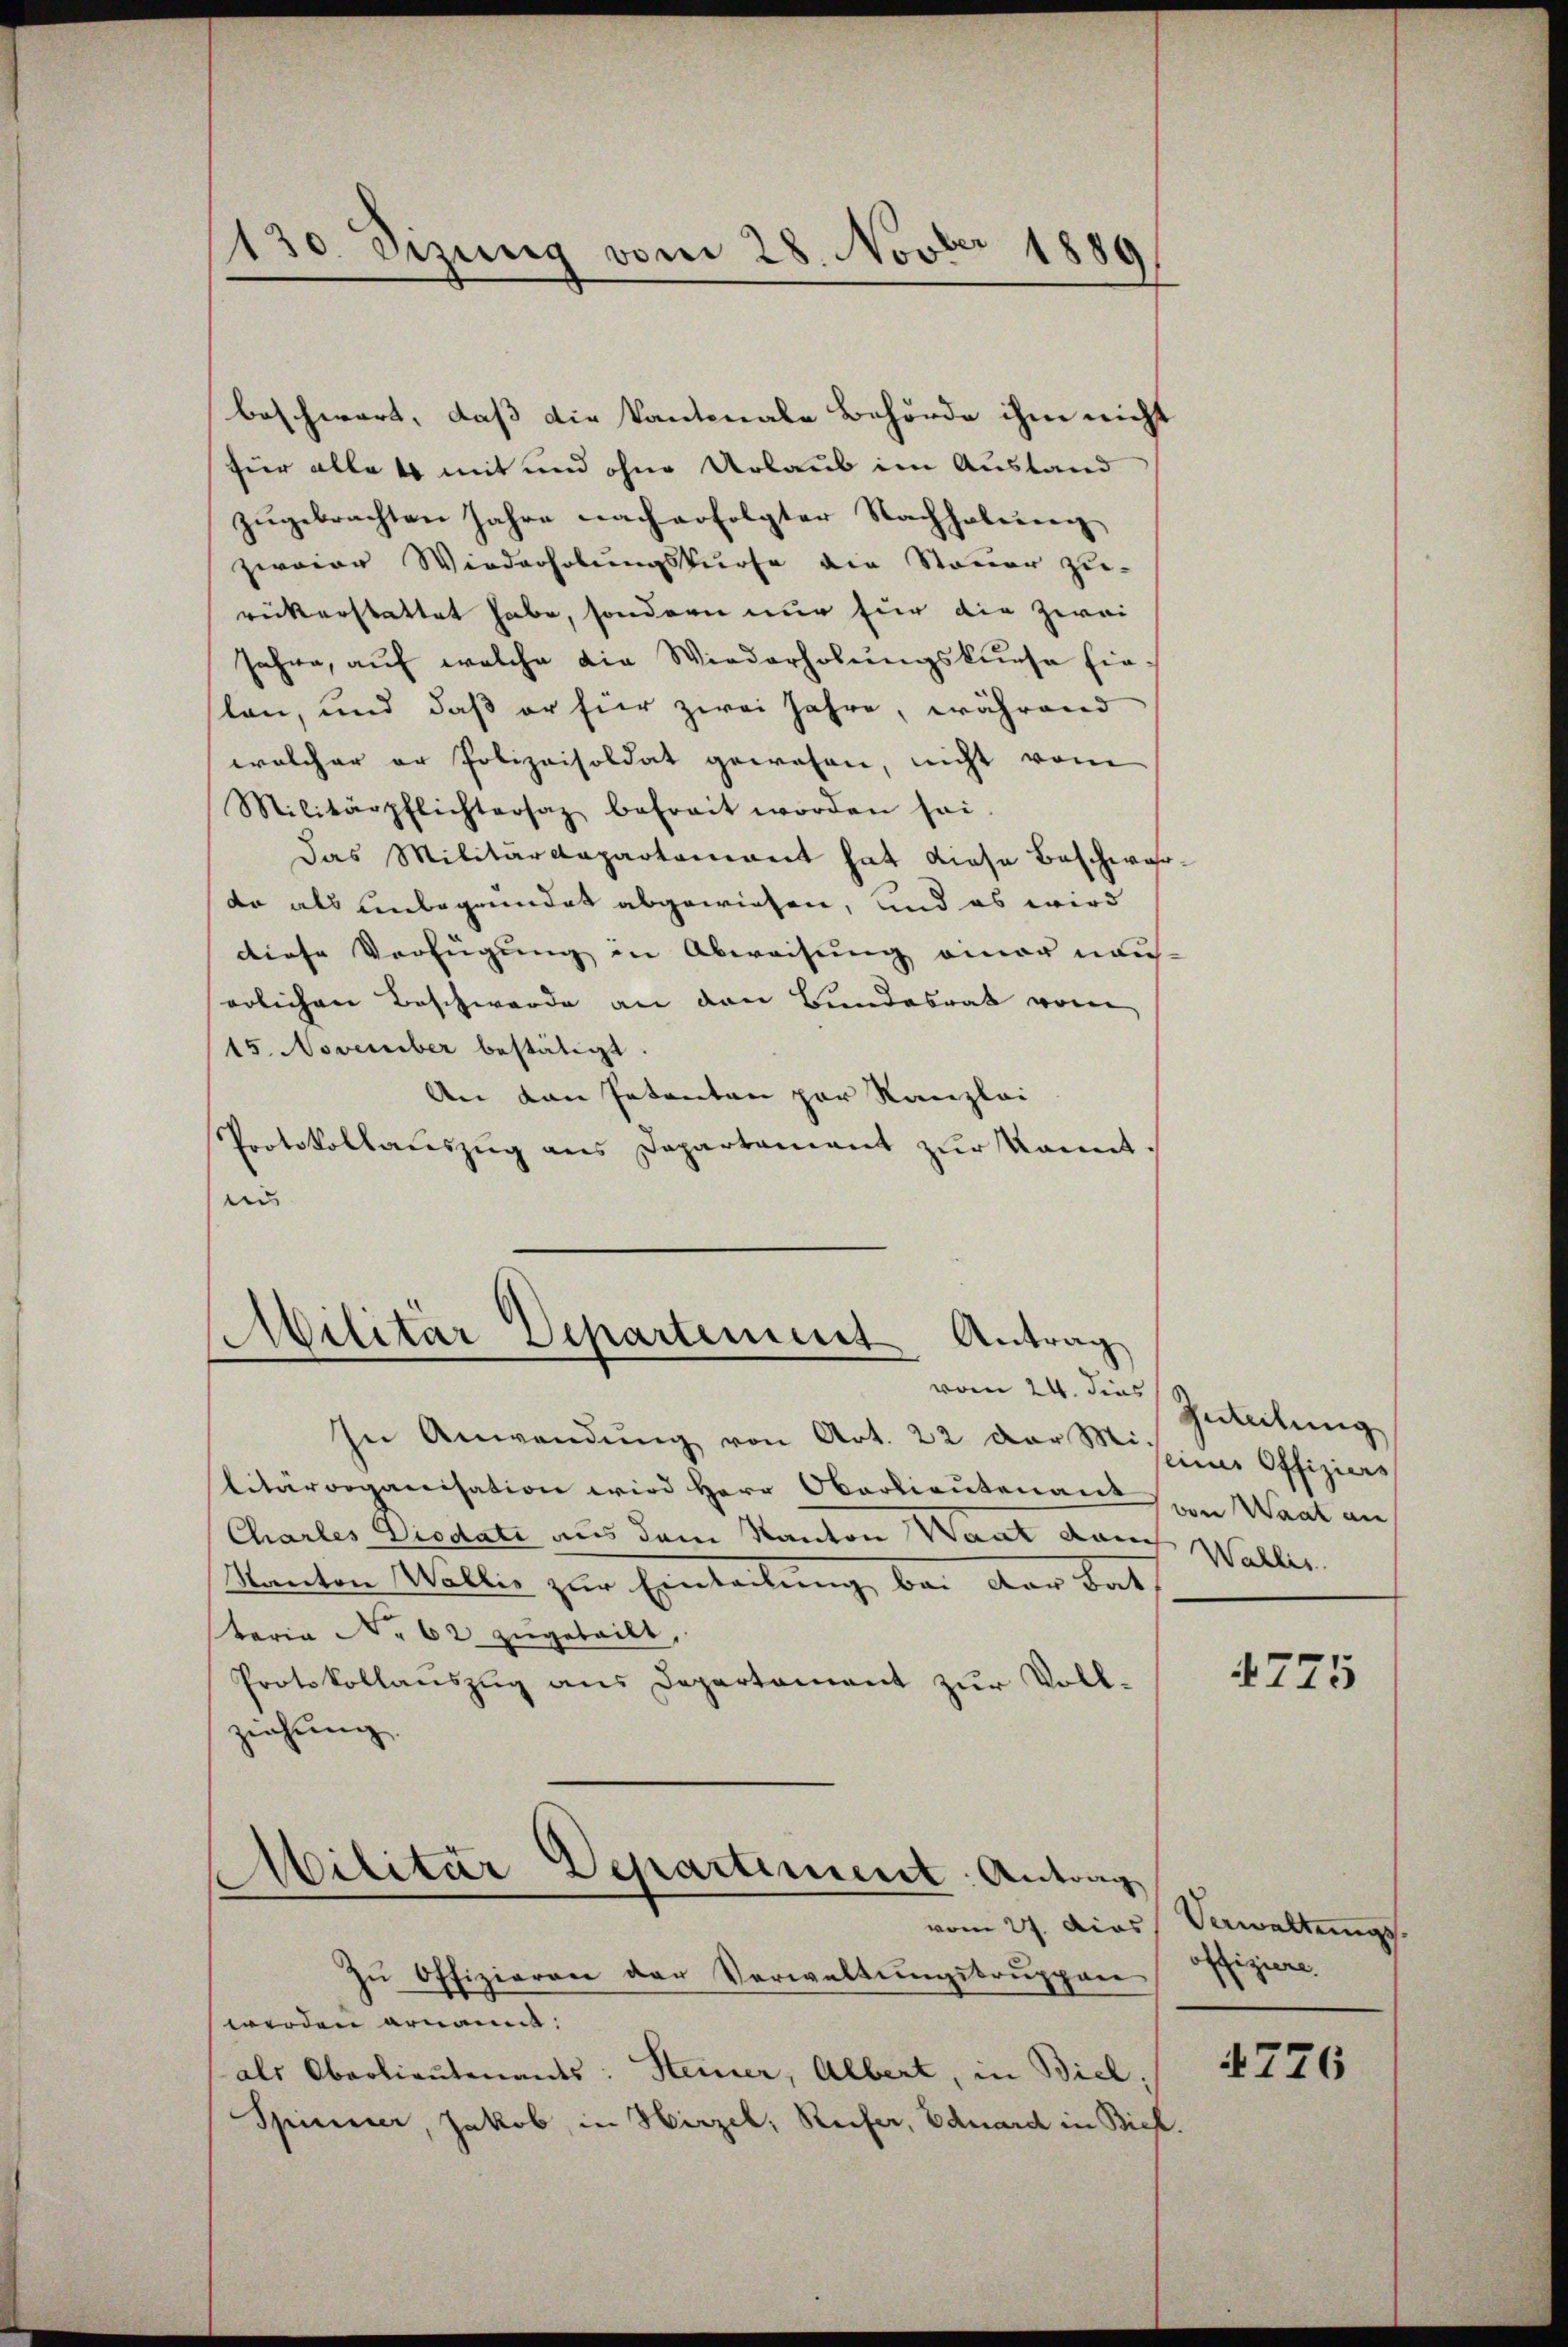
beschwert, daß die kantonale Behörde ihm nicht
für alle 4 mit und ohne Urlaub im Austand
zŭgebrachten Jahre nach erfolgter Nachholun
zwaier Wiederholungskurse die Steuer zu-
rückerstattet habe, sondern nur für die zwei
Jahre, auf welche die Wiederholungskurse finlen, und daß er für zwei Jahre, während
welcher er Polizeisoldat gewesen, nicht vom
Militärpflichtersaz befreit worden sei.
Das Militärdepartement hat diese Beschwar
da als unbegründet abgewiesen, und es wird
diese Verfügung in Abweisung einer nau.
serlichen Beschwerde an den Bundesrat vom
15. November bestätigt.
An den Petenten par Kanzlei
Protokollauszug aus Departament zur kannt.
 |

130 Sizung vom 28. Novber 1889

Militär Departement Antrag
n

In Anwendŭng von Art. 22 der Mich Offiziers
litärorganisation wird Herr Oberlieutenant von Waat an
Charles Viodati aus dem Kanton Want dem Wallis
Kanton Wallis zur Ernteilung, bei der das
taria No. 62 zugeteilt,
Protokollauszug aus Departement zur Vollzeichnung.

Militar Departement: Antrag
e
vom 27. Das
Zu Offizieren der Verwaltungstruppen

werden ernannt:
als Oberlieutenants: Steiner, Albert, in Biel,
Spinner, Jakob, in Hirzel, Reifer, Eduard in Biel.

vom 24. dies Zerteilung

4775

Verwaltungsoffiziere.

4776